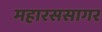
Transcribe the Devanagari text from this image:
महारससागर